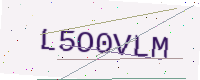
Text: L5O0VLM